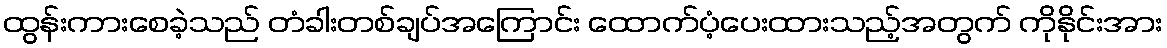
ထွန်းကားစေခဲ့သည် တံခါးတစ်ချပ်အကြောင်း ထောက်ပံ့ပေးထားသည့်အတွက် ကိုနိုင်းအား